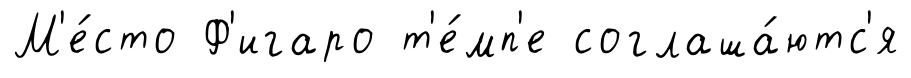
М'е́сто Ф'игаро т'е́мп'е соглаша́ютс'я